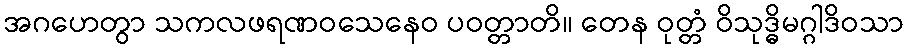
အဂဟေတွာ သကလဖရဏဝသေနေဝ ပဝတ္တာတိ။ တေန ဝုတ္တံ ဝိသုဒ္ဓိမဂ္ဂါဒိဝသာ